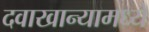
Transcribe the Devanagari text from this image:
दवाखान्यामध्ये